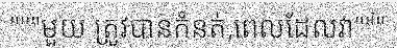
"""មួយ ត្រូវបានកំនត់,ពេលដែលវា"""